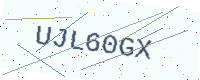
Text: UJL60GX